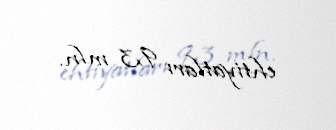
ehtiyatları 9,3 mln.